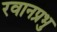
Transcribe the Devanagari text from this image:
रवानप्रभु